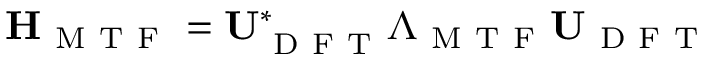
\mathbf { H } _ { \mathrm { ~ M ~ T ~ F ~ } } = \mathbf { U } _ { \mathrm { ~ D ~ F ~ T ~ } } ^ { * } \boldsymbol { \Lambda } _ { \mathrm { ~ M ~ T ~ F ~ } } \mathbf { U } _ { \mathrm { ~ D ~ F ~ T ~ } }